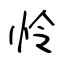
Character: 怜